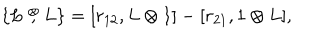
\{ L \stackrel { \otimes } { , } L \} = [ r _ { 1 2 } , L \otimes 1 ] - [ r _ { 2 1 } , 1 \otimes L ] ,